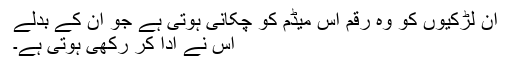
ان لڑکیوں کو وہ رقم اس میڈم کو چکانی ہوتی ہے جو ان کے بدلے
اس نے ادا کر رکھی ہوتی ہے۔